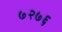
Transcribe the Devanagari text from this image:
७२७६